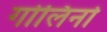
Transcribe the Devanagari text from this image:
गोलिनो